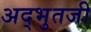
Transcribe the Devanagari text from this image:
अद्भुतजी